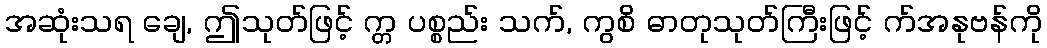
အဆုံးသရ ချေ, ဤသုတ်ဖြင့် က္တ ပစ္စည်း သက်, ကွစိ ဓာတုသုတ်ကြီးဖြင့် က်အနုဗန်ကို